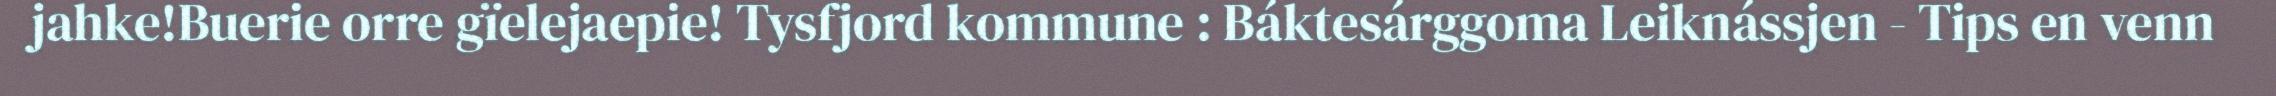
jahke!Buerie orre gïelejaepie! Tysfjord kommune : Báktesárggoma Leiknássjen - Tips en venn